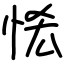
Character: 恡